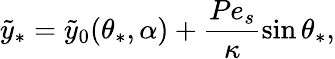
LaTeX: \tilde{y}_{\ast}=\tilde{y}_{0}(\theta_{\ast},\alpha)+\frac{Pe_{s}}{\kappa}\sin\theta_{\ast},